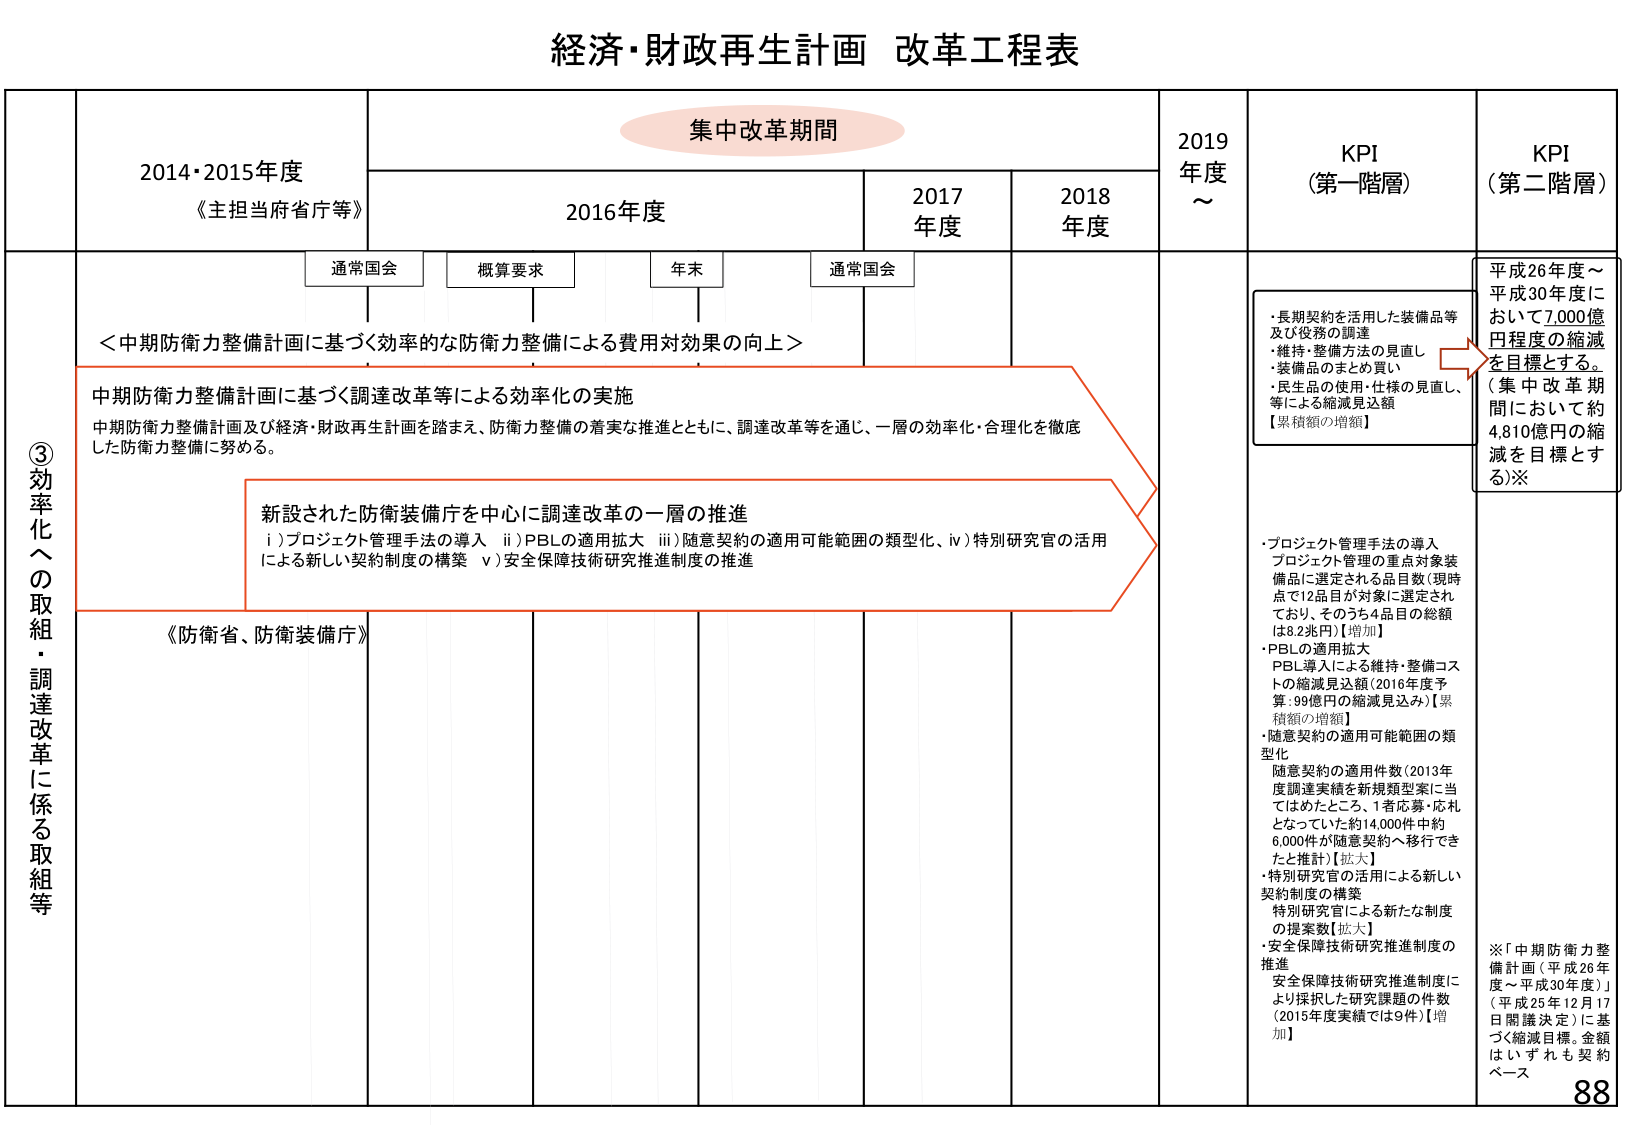
経済・財政再生計画 改革工程表

集中改革期間

2014・2015年度
《主担当府省庁等》

2016年度
通常国会
概算要求
年末
通常国会

2017年度
2018年度

2019年度～

KPI（第一階層）
KPI（第二階層）

③効率化への取組・調達改革に係る取組等

＜中期防衛力整備計画に基づく効率的な防衛力整備による費用対効果の向上＞

中期防衛力整備計画に基づく調達改革等による効率化の実施
中期防衛力整備計画及び経済・財政再生計画を踏まえ、防衛力整備の着実な推進とともに、調達改革等を通じ、一層の効率化・合理化を徹底した防衛力整備に努める。

新設された防衛装備庁を中心に調達改革の一層の推進
i）プロジェクト管理手法の導入
ii）PBLの適用拡大
iii）随意契約の適用可能範囲の類型化、
iv）特別研究官の活用による新しい契約制度の構築
v）安全保障技術研究推進制度の推進

《防衛省、防衛装備庁》

・長期契約を活用した装備品等及び役務の調達
・維持・整備方法の見直し
・装備品のまとめ買い
・民生品の使用・仕様の見直し、等による縮減見込額
【累積額の増額】

平成26年度～平成30年度において7,000億円程度の縮減を目指す。
（集中改革期間において約4,810億円の縮減を目指とする）※

・プロジェクト管理手法の導入
プロジェクト管理の重点対象装備品に選定される品目数（現時点で12品目が対象に選定されており、そのうち4品目の総額は8.2兆円）【増加】
・PBLの適用拡大
PBL導入による維持・整備コストの縮減見込額（2016年度予算：99億円の縮減見込み）【累積額の増額】
・随意契約の適用可能範囲の類型化
随意契約の適用件数（2013年度調達実績を新規類型案に当てはめたところ、1者応募・応札となっていた約14,000件中約6,000件が随意契約へ移行できると推計）【拡大】
・特別研究官の活用による新しい契約制度の構築
特別研究官による新たな制度の提案数【拡大】
・安全保障技術研究推進制度の推進
安全保障技術研究推進制度により採択した研究課題の件数（2015年度実績では9件）【増加】

※「中期防衛力整備計画（平成26年度～平成30年度）」（平成25年12月17日閣議決定）に基づく縮減目標。金額はいずれも契約ベース

88